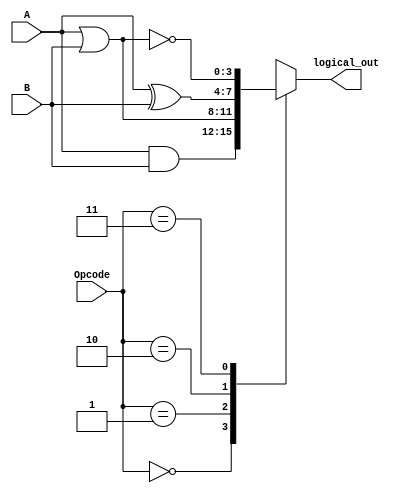
`timescale 1ns / 1ps
//////////////////////////////////////////////////////////////////////////////////
// Company: 
// Engineer: 
// 
// Design Name: 
// Module Name:    Logical 
// Project Name: 
// Target Devices: 
// Tool versions: 
// Description: 
//
// Dependencies: 
//
// Revision: 
// Revision 0.01 - File Created
// Additional Comments: 
//
//////////////////////////////////////////////////////////////////////////////////
module Logical(logical_out, A, B, Opcode);

//outputs
output reg [3:0] logical_out;
//inputs
input [3:0] A, B;
input [1:0] Opcode;

//always
always @ (*)
begin 
	case(Opcode)
	2'b00 : logical_out = A&B;
	2'b01 : logical_out = A|B;
	2'b10 : logical_out = (A^B);
	2'b11 : logical_out = ~(A|B);
	endcase
end
//The - end
endmodule